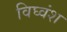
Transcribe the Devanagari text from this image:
विघ्वंश